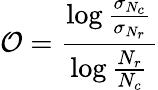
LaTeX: \mathcal{O}=\frac{\log\frac{\sigma_{N_{c}}}{\sigma_{N_{r}}}}{\log\frac{N_{r}}{N_{c}}}